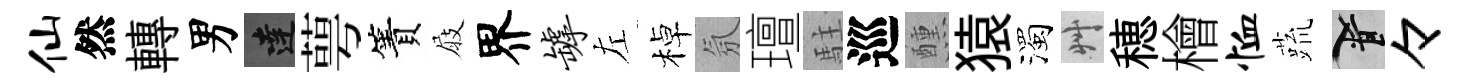
仙然轉男達萼簀屐界罅左棹氛璮駐巡醺猿濁艸穂檜恤蔬柳々